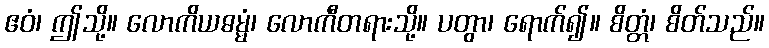
ဧဝံ၊ ဤသို့။ လောကိယဓမ္မံ၊ လောကီတရားသို့။ ပတွာ၊ ရောက်၍။ စိတ္တံ၊ စိတ်သည်။